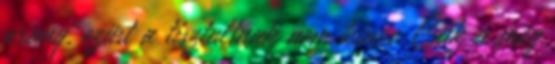
arany, ezüst a tisztultnak nem kincs. Csak a meg